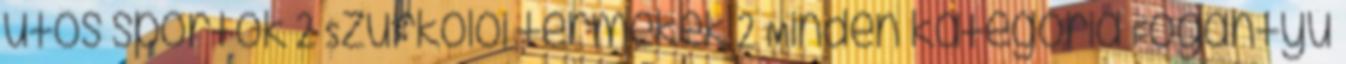
ütős sportok 2 Szurkolói termékek 2 Minden kategória Fogantyú